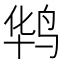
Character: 𪉊